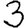
Digit: 3